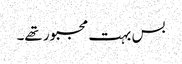
بس بہت مجبور تھے۔